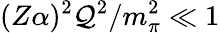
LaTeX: (Z\alpha)^{2}\mathcal{Q}^{2}/m_{\pi}^{2}\ll1